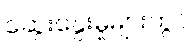
ဆွေးနွေးမှုများတွင်